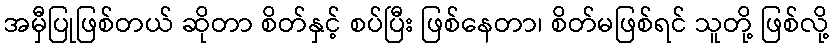
အမှီပြုဖြစ်တယ် ဆိုတာ စိတ်နှင့် စပ်ပြီး ဖြစ်နေတာ၊ စိတ်မဖြစ်ရင် သူတို့ ဖြစ်လို့